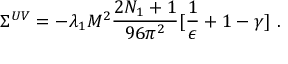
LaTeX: \Sigma ^ { U V } = - \lambda _ { 1 } M ^ { 2 } \frac { 2 N _ { 1 } + 1 } { 9 6 \pi ^ { 2 } } [ \frac { 1 } { \epsilon } + 1 - \gamma ] ~ .